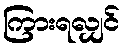
ကြားရလျှင်